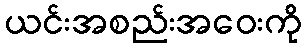
ယင်းအစည်းအဝေးကို